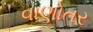
વાણોતર